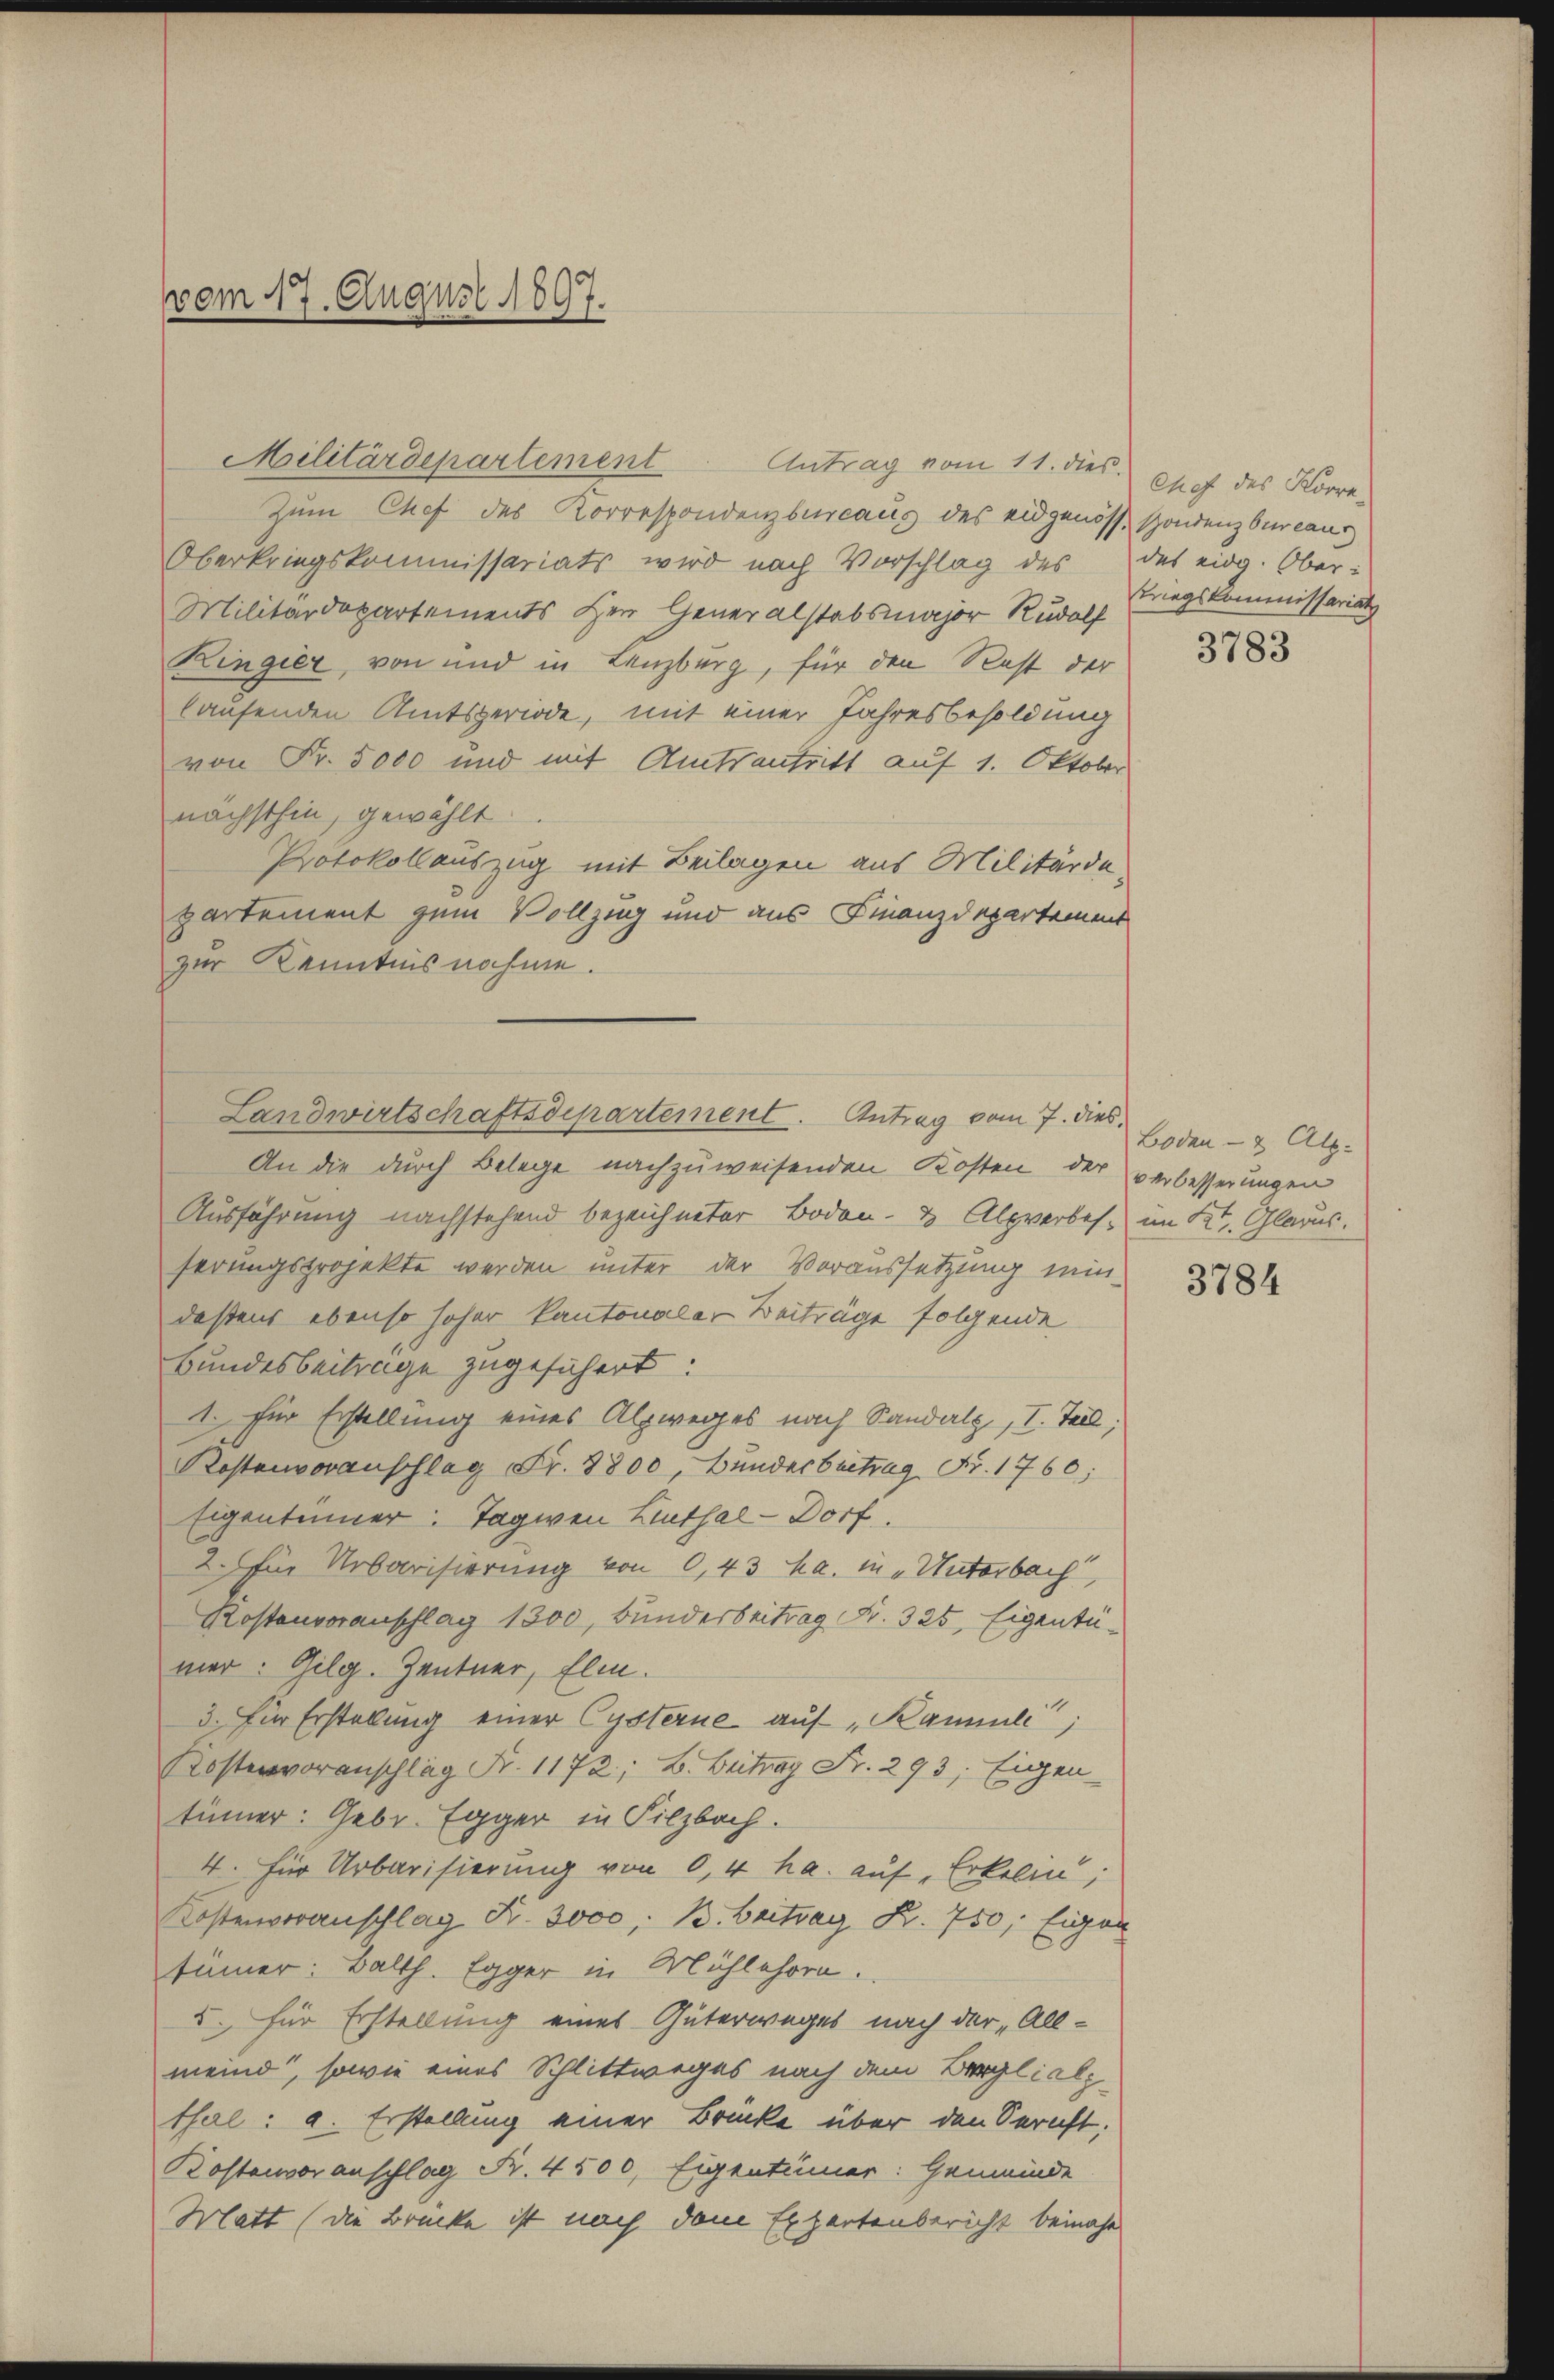
vom 17. August 1897.

Zum Chef des Korrespondenzbureaus des eidgenöss. Sondenzbureaus
Oberkriegskommissariats wird nach Vorschlag des
Militärdepartements Herr Generalstabsmajor Rudolf
Ringier, von und in Lenzburg, für den Rest der
laufenden Amtsperiode, mit einer Jahresbesoldung
von Fr. 5000 und mit Amtsantritt auf 1. Oktober
nächsthin, gewählt
Protokollauszug mit Beilagen aus Militärdepartement zum Vollzug und aus Finanzdepartement
zur Kenntnisnahme.
An die durch Belege nachzuweisenden Kosten der verbesserungen
Ausführung nachstehend bezeichneter Boden- & Alpverbes. im Kt. Glarus.
serungsprojekte werden unter der Voraussetzung mindeßens ebenso hoher kantonaler Beiträge folgende
Bundesbeiträge zugesichert:
1. für Erstellung eines Alpweges nach Sandalz, I. Teil,
Kostenvorauschlag Fr. 8800, Bunderbeitrag Fr. 1760,
Eigentümer: Tagwen Linthal-Dorf
2. für Urbarisierung von 0,43 ha. in „Unterbach,
Rostenvoranschlag 1300, Bunderbeitrag Nr. 325, Eigentumer: Gilg. Zentner, Elm.
3. für Erstellung einer Cysterne auf „Kammli
Kostenvoranschlag Nr. 1172; B. Beitrag Fr. 293, Eigen
tümer: Gebr. Egger in Silzbach.
4. Für Urbarisierung von 0,4 ha. auf Erkelin;
Kostenvoranschlag Fr. 3000, B. Beitrag K. 750, Eigen
tümmer: Balth. Egger in Mühlehorn.
5. für Erstellung eines Güterweges nach der „Allmeind, sowie eines Schlittweges nach dem Berglial
thal: a. Erstellung einer Brücke über den Seracht:
Kostenvoranschlag Fr. 4500. Eigentümer: Gemeinde
Matt (die Brücke ist nach dem Expertenbericht beinahe

Militärdepartement

Antrag vom 11. dies Chef des Korre¬

Landwirtschaftsdepartement. Antrag vom 7. dies,

des eidg. Ober-
triegskommissariat

3783

Boden- & Alb.

3784